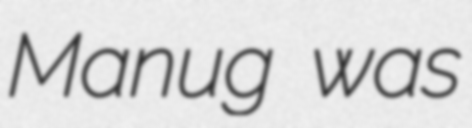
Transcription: Manug was